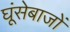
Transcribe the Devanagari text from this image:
घूंसेबाजों